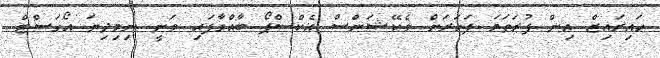
ހައިރައިޒް އިން ފުރަތަމަ ފަހަރަށް ވެކޭޝަންސް އެކްސްޕޯ ބާއްވާފައި ވަނީ ނިމިދިޔަ އޯގަސްޓް